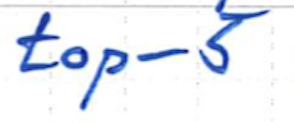
Text: top-5
Cross-out: clean
Writing tool: ballpoint